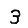
Digit: 3